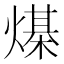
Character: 𰟙